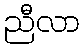
ညီလာ